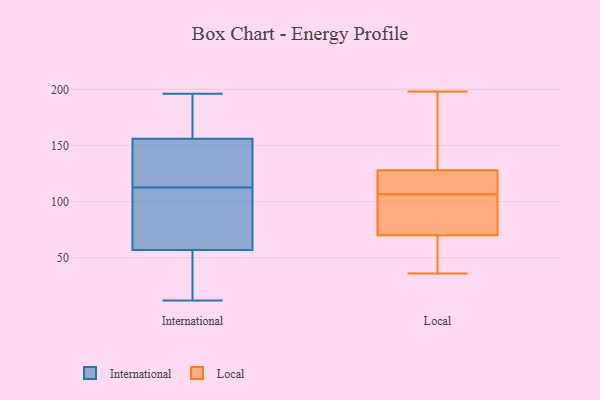
{"axis": {"x": "Latency (ms)", "y": "Value"}, "legend": ["International", "Local"], "data": [{"x": "", "y": 110, "type": "International"}, {"x": "", "y": 82, "type": "International"}, {"x": "", "y": 121, "type": "International"}, {"x": "", "y": 196, "type": "International"}, {"x": "", "y": 150, "type": "International"}, {"x": "", "y": 12, "type": "International"}, {"x": "", "y": 188, "type": "International"}, {"x": "", "y": 156, "type": "International"}, {"x": "", "y": 86, "type": "International"}, {"x": "", "y": 149, "type": "International"}, {"x": "", "y": 176, "type": "International"}, {"x": "", "y": 115, "type": "International"}, {"x": "", "y": 57, "type": "International"}, {"x": "", "y": 53, "type": "International"}, {"x": "", "y": 186, "type": "International"}, {"x": "", "y": 50, "type": "International"}, {"x": "", "y": 97, "type": "International"}, {"x": "", "y": 23, "type": "International"}, {"x": "", "y": 86, "type": "Local"}, {"x": "", "y": 177, "type": "Local"}, {"x": "", "y": 47, "type": "Local"}, {"x": "", "y": 130, "type": "Local"}, {"x": "", "y": 128, "type": "Local"}, {"x": "", "y": 127, "type": "Local"}, {"x": "", "y": 105, "type": "Local"}, {"x": "", "y": 112, "type": "Local"}, {"x": "", "y": 95, "type": "Local"}, {"x": "", "y": 117, "type": "Local"}, {"x": "", "y": 83, "type": "Local"}, {"x": "", "y": 108, "type": "Local"}, {"x": "", "y": 67, "type": "Local"}, {"x": "", "y": 68, "type": "Local"}, {"x": "", "y": 36, "type": "Local"}, {"x": "", "y": 150, "type": "Local"}, {"x": "", "y": 70, "type": "Local"}, {"x": "", "y": 198, "type": "Local"}]}